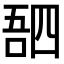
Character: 𫪸